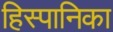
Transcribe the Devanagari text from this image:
हिस्पानिका